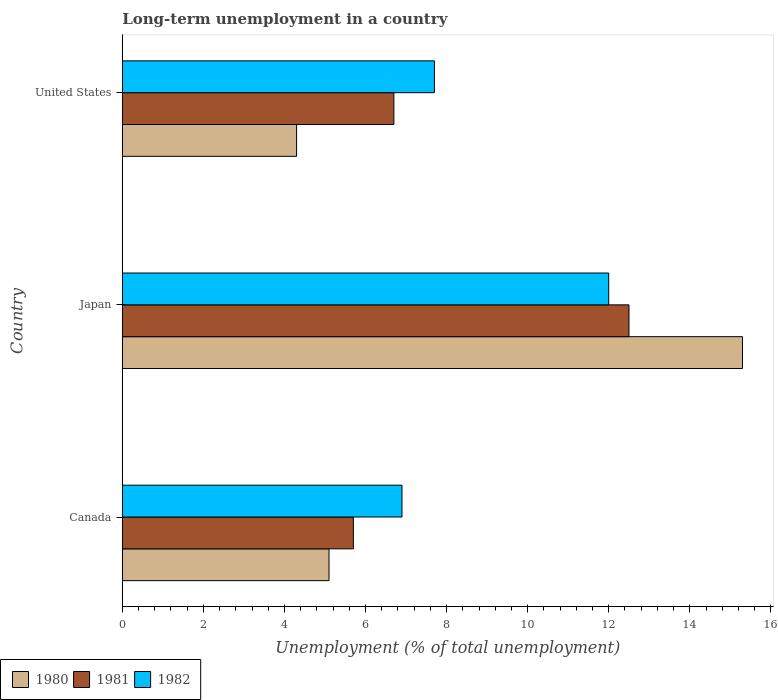
| Country | 1980 | 1981 | 1982 |
 | --- | --- | --- | --- |
 | Canada | 5.1 | 5.7 | 6.9 |
 | Japan | 15.3 | 12.5 | 12 |
 | United States | 4.3 | 6.7 | 7.7 |